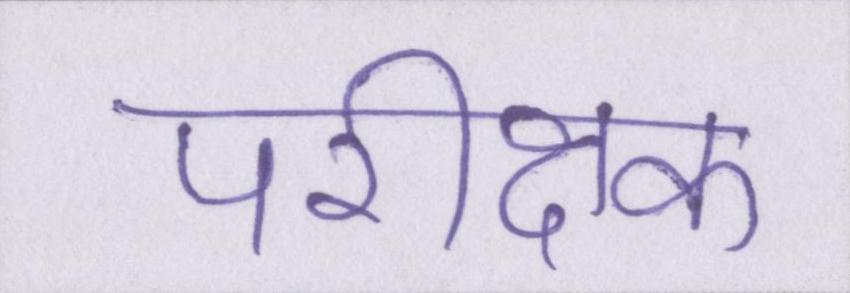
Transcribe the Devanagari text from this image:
परीक्षक